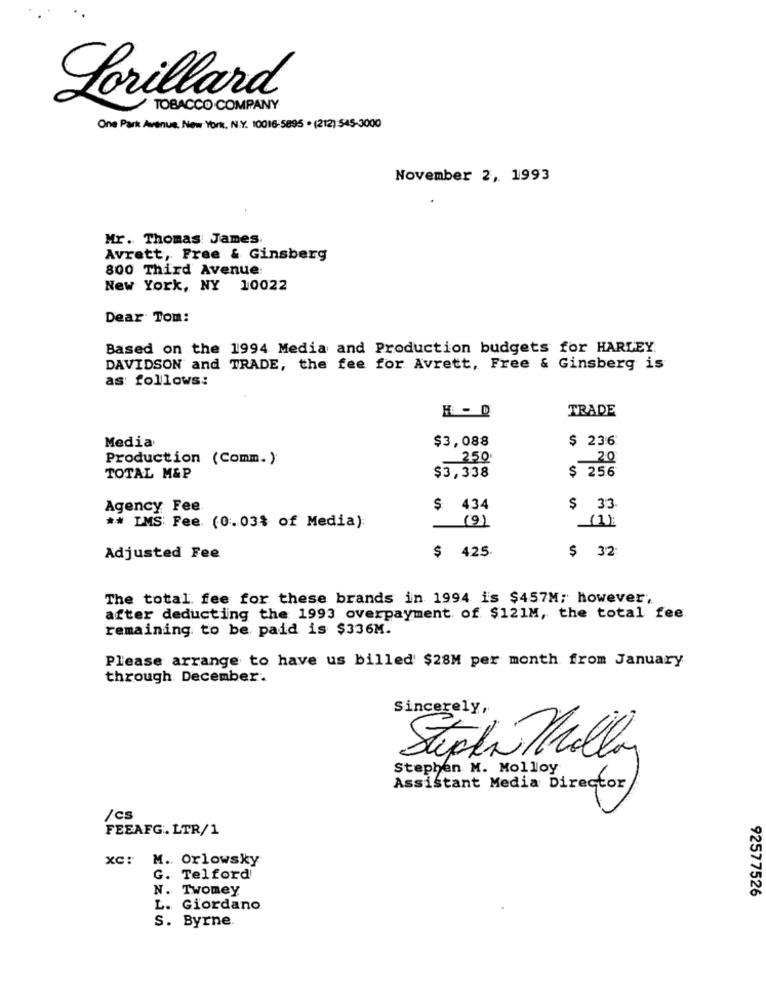
Lorillard
TOBACCO COMPANY
One Park Avenue. New York, N.Y. 10016-5895 . (212):545-3000
November 2, 1993
Mr. Thomas James,
Avrett, Free & Ginsberg
800 Third Avenue:
New York, NY 10022
Dear Tom:
Based on the 1994 Media and Production budgets for HARLEY.
DAVIDSON and TRADE, the fee for Avrett, Free & Ginsberg is
as follows:
H - D
TRADE
Media
$3,088
$ 23:6
Production (Comm. ):
250
20
TOTAL M&P
$3,338
$ 256
Agency Fee
$ 434
$ 33
(9)
** IMS: Fee. (0.03% of Media):
(1)
$ 4.25.
$ 32
Adjusted Fee
The total fee for these brands in 1994 is $457M; however,
after deducting the 1993 overpayment of $121M, the total fee
remaining to be paid is $336M.
Please arrange to have us billed $28M per month from January
through December.
Sincerely,
Stephan Malley
Stephen M. Molloy
Assistant Media Director
/cs
FEEAFG. LTR/1
xc: M. Orlowsky
G. Telford
N. Twomey
92577526
L. Giordano
S. Byrne.